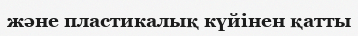
және пластикалық күйінен қатты